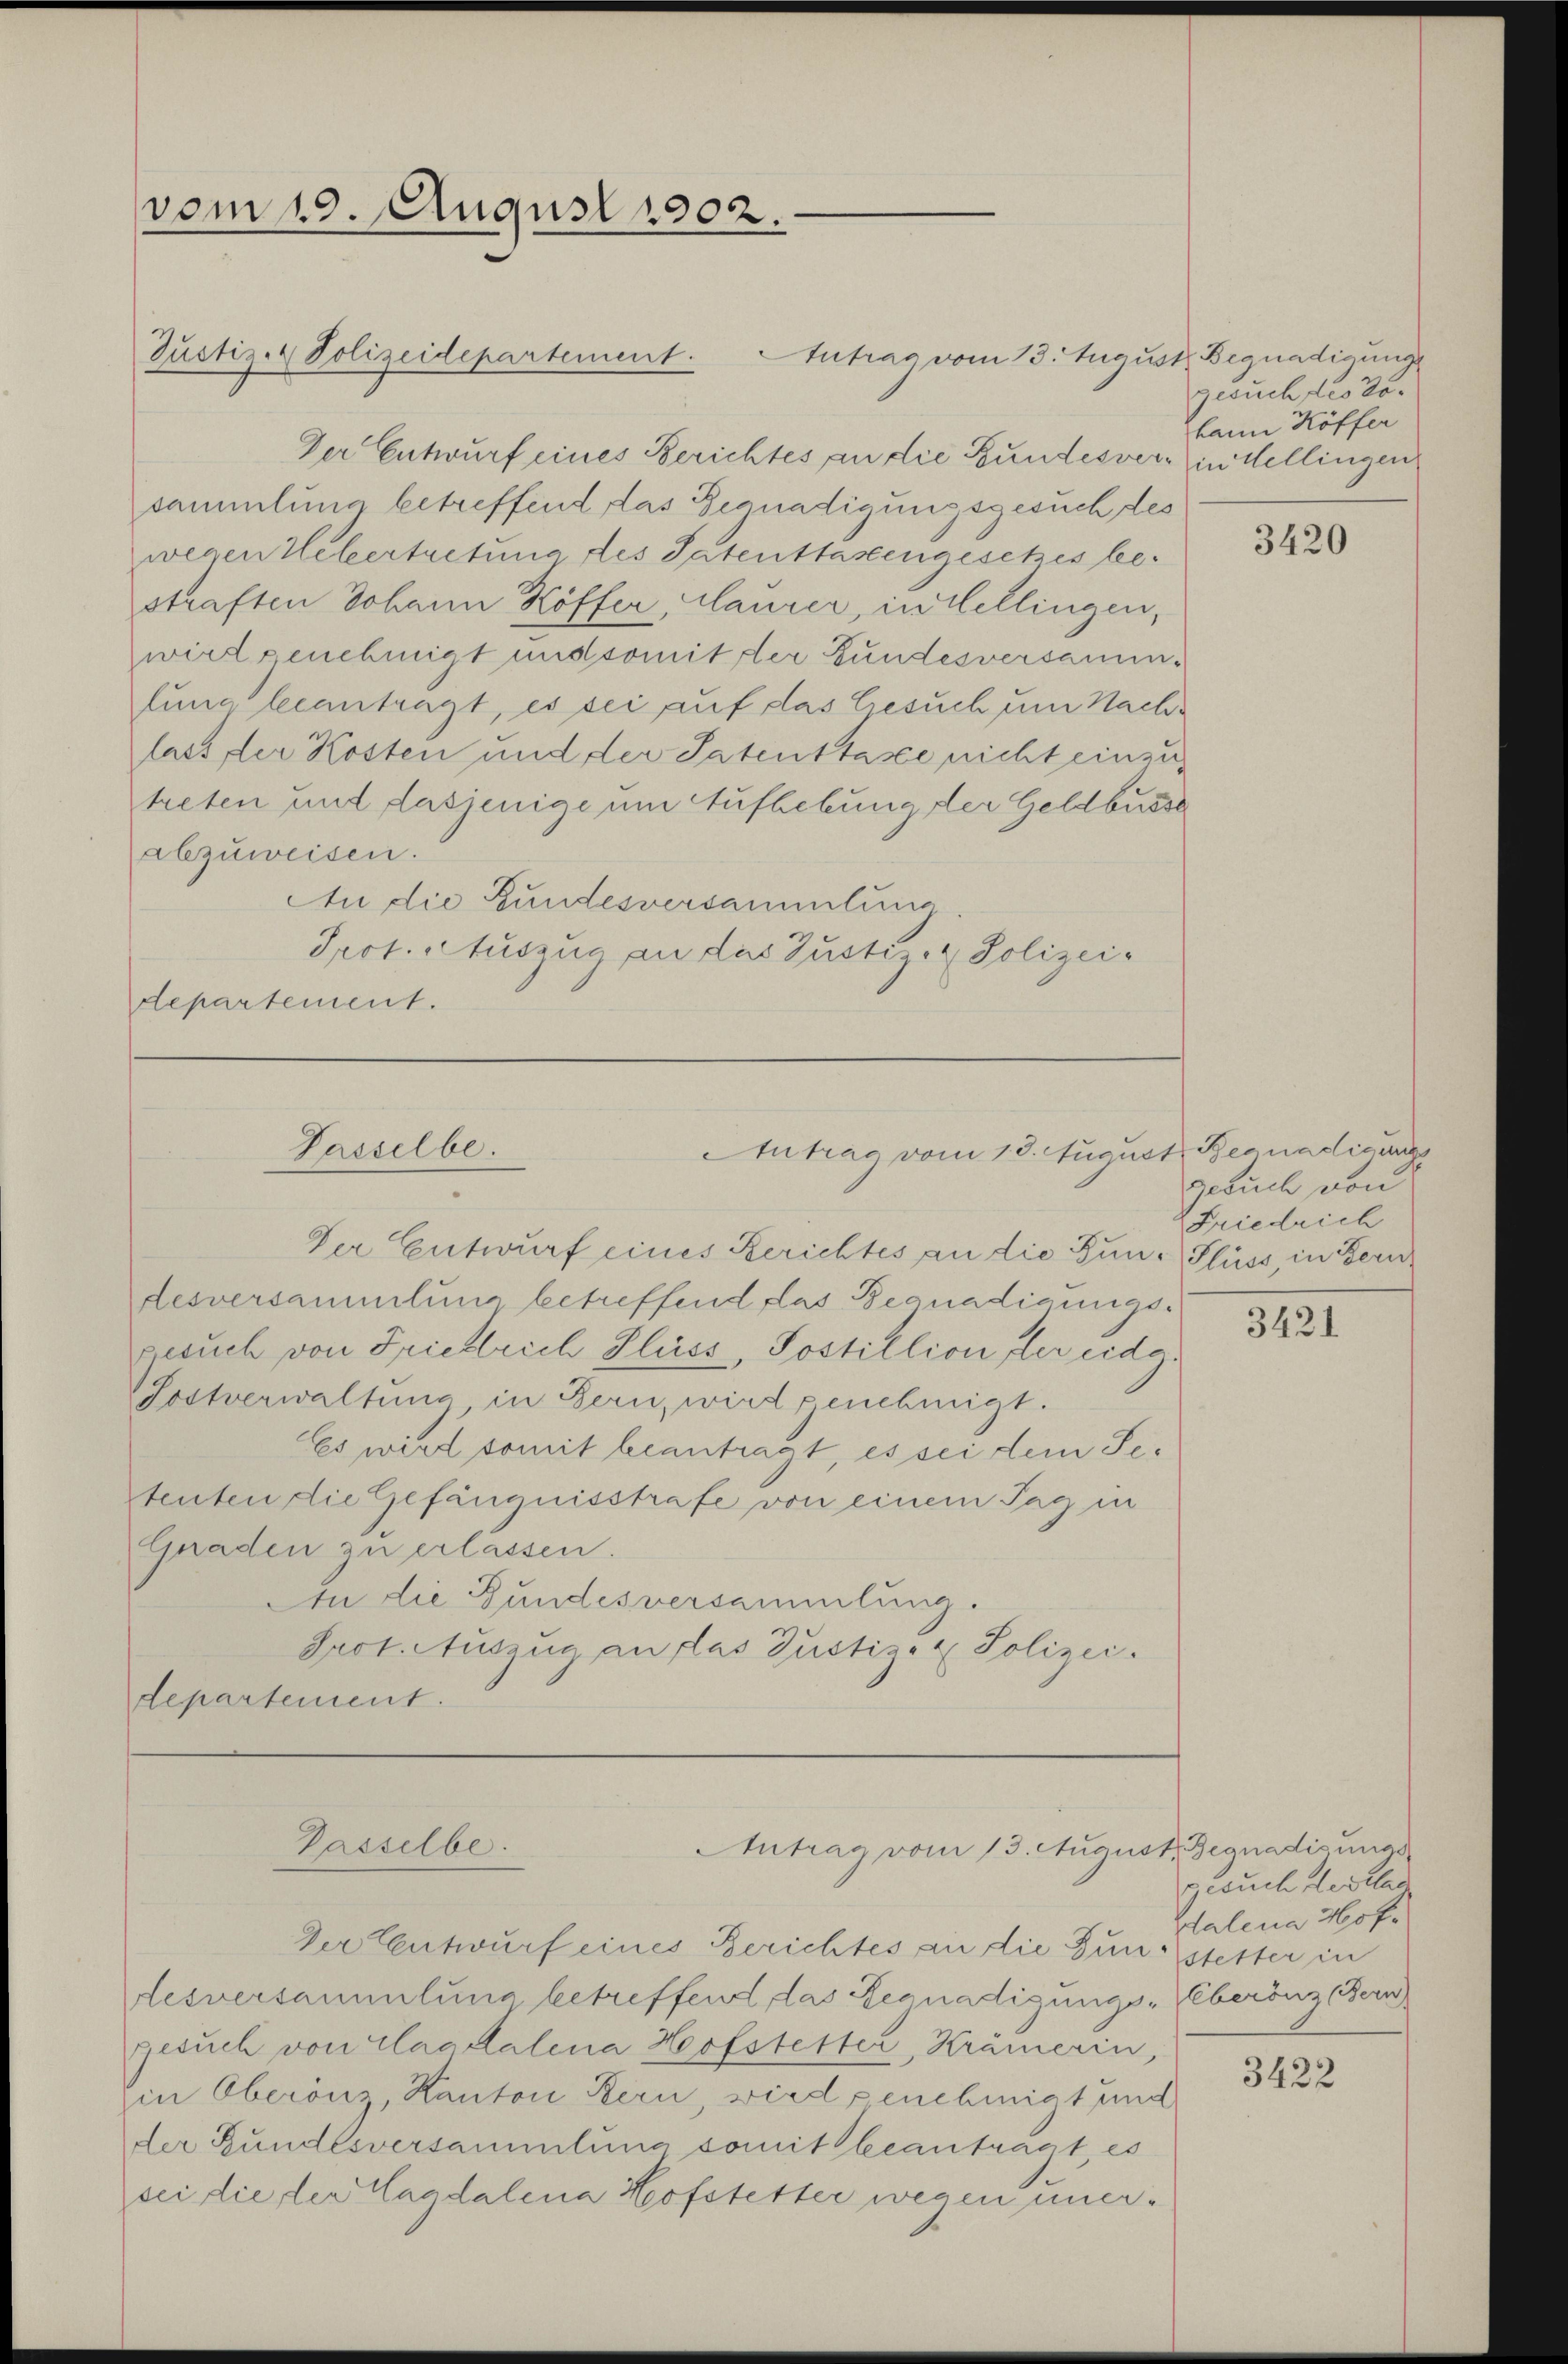
Der Entwurf eines Berichtes an die Bundesvers in dellingen
sammlung betreffend das Begnadigungsgesuch des
wegen Uebertretung des Patentlassengesetzes bestraften Johann Köffer, Maurer, in Lellingen,
wird genehmigt und somit der Fundesversammfung beantragt, es sei auf das Gesuch um Nachlass der Kosten und der Patenttasse nicht einzutreten und dasjenige um Aufhebung der Geldbusse
abzuweisen.
An die Gundesversammlung
Prot. Auszug an das Justiz- & Polizeidepartement.

(vom 19. August 1902.

Justiz- & Polizeidepartement.

Intrag vom 13. August Begnadigunge

Passelbe.
Antrag vom 13. Augus

Der Entwurf eines Berichtes an die Bun- Flüss, in Bern
desversammlung betreffend das Begnadigungsgesuch von Friedrich Fluss, Jostillion der eidg
Sostverwaltung in Bern, wird genehmigt.
Es wird somit beantragt, es sei dem Setenten die Gefängnisstrafe von einem Tag in
Gnaden zu erlassen.
An die Gundesversammlung.
Prot. Auszug an das Justiz- & Polizei.
departement.

Passelbe.

Antrag vom 13. August Begnadisungs

gesuchtes do
kann Köffer

Der Entwurf eines Berichtes an die Dunstetter in
Lesversammlung betreffend das Begnadigungs-Oberönz (Bern
Besuch von Clag Kalena Hofstetter, Krämerin,
in Oberönz, Kanton Kern wird genehmigt und
der Bundesversammlung somit beanträgt, es
sei die der Magdalena Hofstetter wegen uner¬

3420

1. Begnadigungs
Gesuch von
 Friedrich

3421

gesuch des klar
dalena Hof-

3422